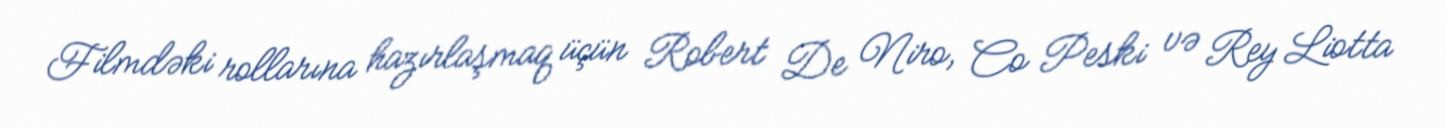
Filmdəki rollarına hazırlaşmaq üçün Robert De Niro, Co Peski və Rey Liotta